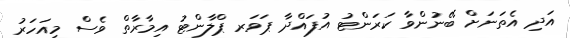
އަދި އެތަނަށް ބޭނުންވާ ކަރަންޓު އުފައްދާ ޕަވަރ ޕްލާންޓު އިމާރާތް ވެސް މިއަހަރު